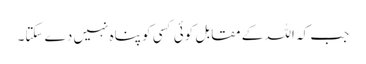
جب کہ اللہ کے مقابل کوئی کسی کو پناہ نہیں دے سکتا۔